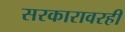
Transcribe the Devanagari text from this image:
सरकारावरही